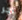
اجر